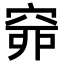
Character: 𥥹